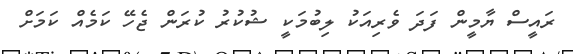
ރައީސް ޔާމީން ފަދަ ވެރިއަކު ލިބުމަކީ ޝުކުރު ކުރަން ޖެހޭ ކަމެއް ކަމަށް